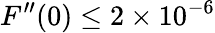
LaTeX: F^{\prime\prime}(0)\leq 2\times 10^{-6}